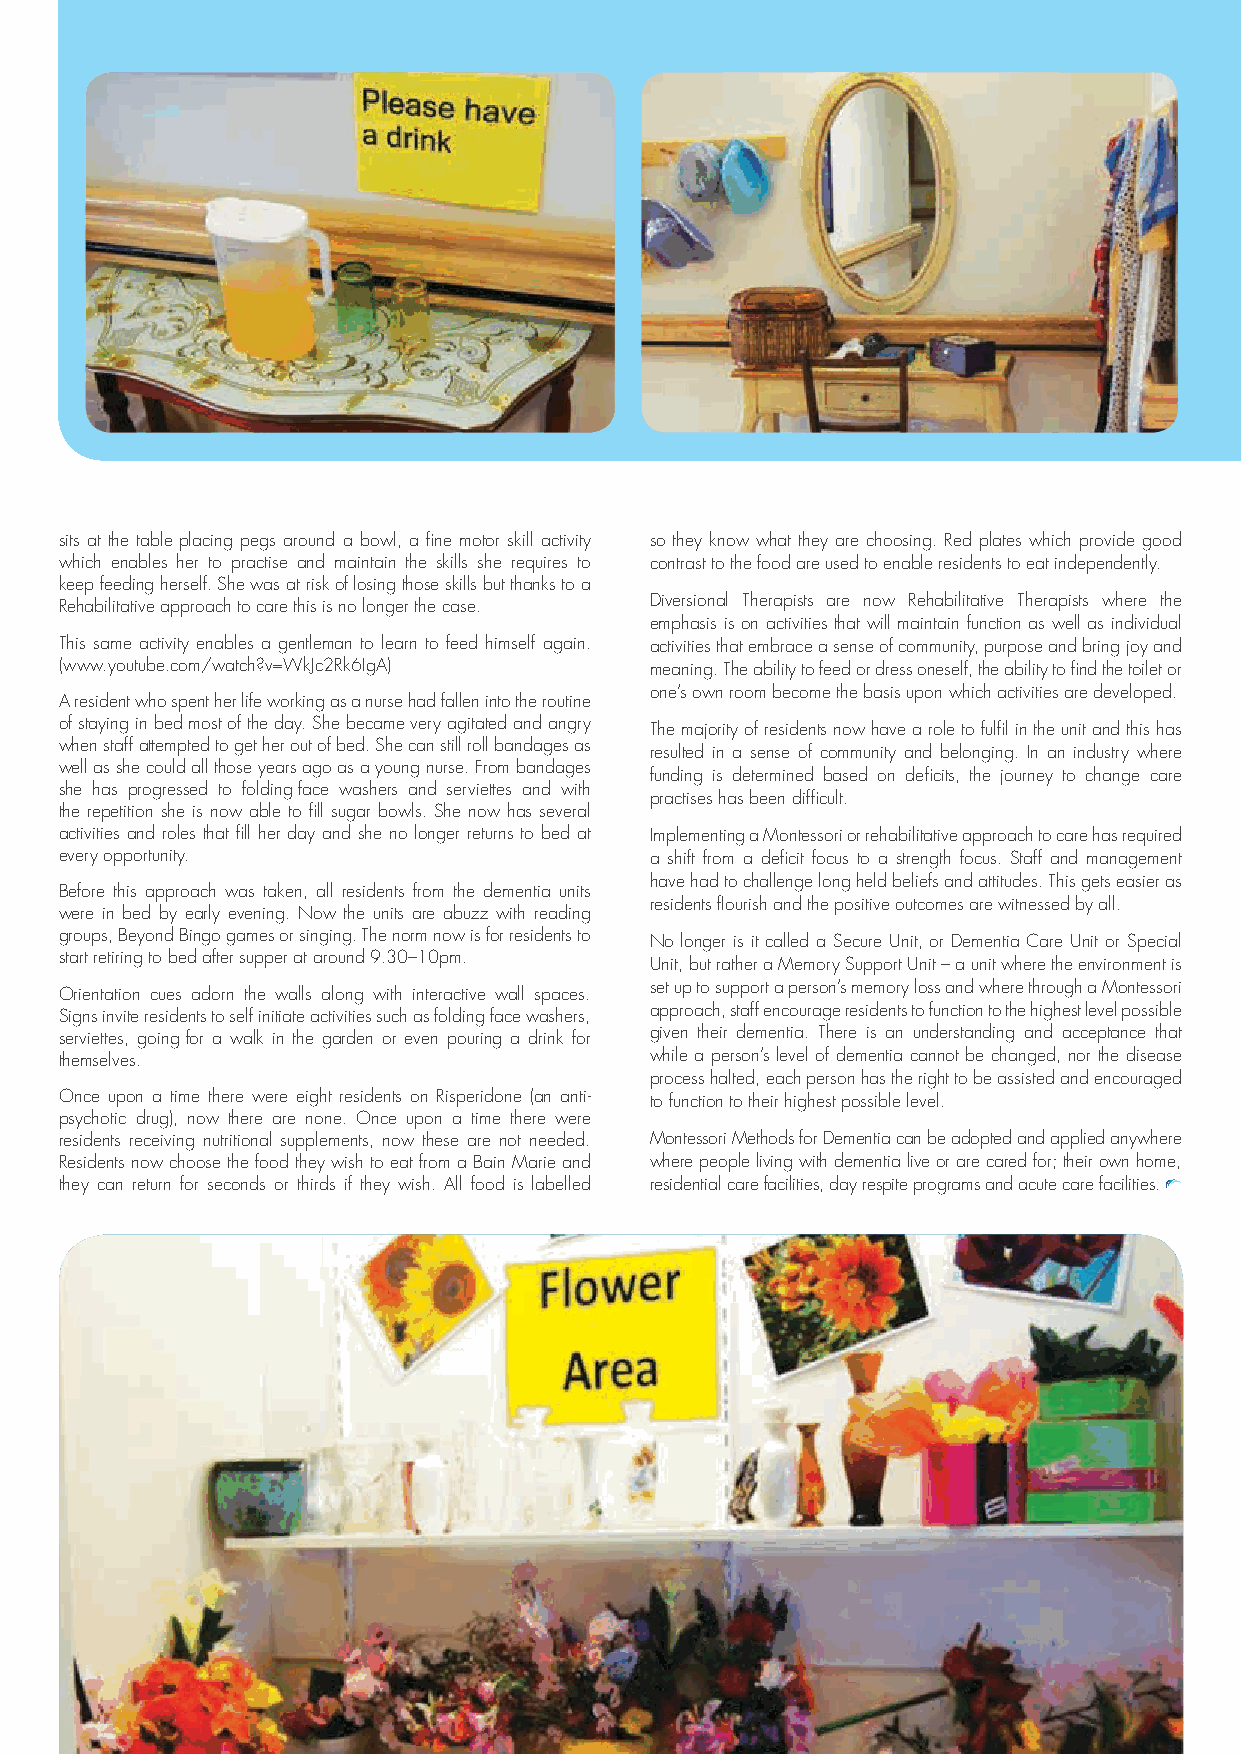
sits at the table placing pegs around a bowl, a fine motor skill activity so they know what they are choosing. Red plates which provide good
 which enables her to practise and maintain the skills she requires to contrast to the food are used to enable residents to eat independently.
 keep feeding herself. She was at risk of losing those skills but thanks to a
 Rehabilitative approach to care this is no longer the case. Diversional Therapists are now Rehabilitative Therapists where the
 emphasis is on activities that will maintain function as well as individual
 This same activity enables a gentleman to learn to feed himself again. activities that embrace a sense of community, purpose and bring joy and
 (www.youtube.com/watch?v=WkJc2Rk6IgA)  meaning. The ability to feed or dress oneself, the ability to find the toilet or
 one’s own room become the basis upon which activities are developed.
 A resident who spent her life working as a nurse had fallen into the routine
 of staying in bed most of the day. She became very agitated and angry The majority of residents now have a role to fulfil in the unit and this has
 when staff attempted to get her out of bed. She can still roll bandages as
 resulted in a sense of community and belonging. In an industry where
 well as she could all those years ago as a young nurse. From bandages
 funding is determined based on deficits, the journey to change care
 she has progressed to folding face washers and serviettes and with
 practises has been difficult.
 the repetition she is now able to fill sugar bowls. She now has several
 activities and roles that fill her day and she no longer returns to bed at Implementing a Montessori or rehabilitative approach to care has required
 every opportunity.                     a shift from a deficit focus to a strength focus. Staff and management
 have had to challenge long held beliefs and attitudes. This gets easier as
 Before this approach was taken, all residents from the dementia units
 residents flourish and the positive outcomes are witnessed by all.
 were in bed by early evening. Now the units are abuzz with reading
 groups, Beyond Bingo games or singing. The norm now is for residents to No longer is it called a Secure Unit, or Dementia Care Unit or Special
 start retiring to bed after supper at around 9.30–10pm.
 Unit, but rather a Memory Support Unit – a unit where the environment is
 set up to support a person’s memory loss and where through a Montessori
 Orientation cues adorn the walls along with interactive wall spaces.
 Signs invite residents to self initiate activities such as folding face washers, approach, staff encourage residents to function to the highest level possible
 serviettes, going for a walk in the garden or even pouring a drink for given their dementia. There is an understanding and acceptance that
 themselves.                            while a person’s level of dementia cannot be changed, nor the disease
 process halted, each person has the right to be assisted and encouraged
 Once upon a time there were eight residents on Risperidone (an anti- to function to their highest possible level.
 psychotic drug), now there are none. Once upon a time there were
 residents receiving nutritional supplements, now these are not needed. Montessori Methods for Dementia can be adopted and applied anywhere
 Residents now choose the food they wish to eat from a Bain Marie and where people living with dementia live or are cared for; their own home,
 they can return for seconds or thirds if they wish. All food is labelled residential care facilities, day respite programs and acute care facilities.
 MONTESSORI AUSTRALIA FOUNDATION 13